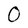
Character: 0